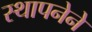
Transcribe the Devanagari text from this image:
स्‍थापनेने